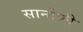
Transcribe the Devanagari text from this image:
सानोफी